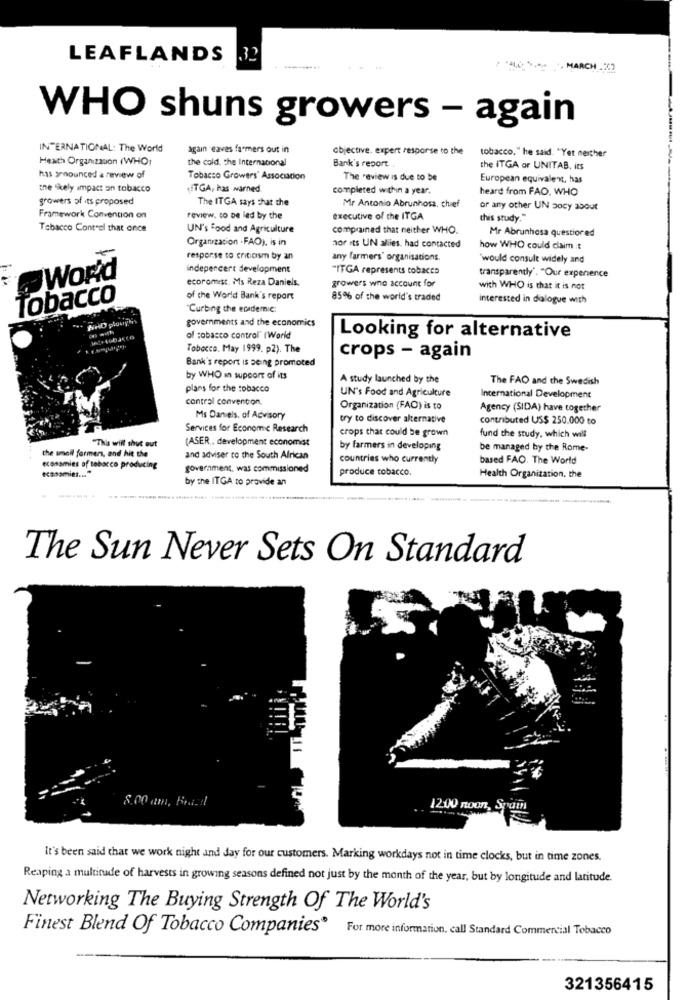
LEAFLANDS
32
-- MARCH --
WHO shuns growers - again
INTERNATIONAL: The World
again eaves farmers out in
objective. expert response to the
tobacco." he said. "Yet neither
Heath Organization (WHO)
the cold, the International
Bank's report.
the ITGA or UNITAB, its
has sonounced a review of
Tobacco Growers' Association
The review is due to be
European equivalent, has
the skely impact on tobacco
ITGA, has warned
completed within a year.
heard from FAO. WHO
growers of its proposed
The ITGA says that the
Mr Antonio Abrunhosa, chief
or any other UN socy about
Framework Convention on
review, to De led by the
executive of the ITGA
this study."
Tobacco Control that once
UN's Food and Agriculture
complained that neither WHO.
Mr Abrunhosa questioned
Organization . FAO), is in
nor its UN aliles. had contacted
how WHO could claim :
response to critiosm by an
any farmers' organisations.
would consult widely and
indepencert development
"ITGA represents tobacco
transparently'. "Our experience
World
ecoromist. Ms Reza Daniels.
growers wno account for
with WHO is that it is not
Tobacco
of the World Bank's report
85% of the world's traded
interested in dialogue with
"Curbing the ecademic
NHO plough
governments and the economics
of tobacco control" (World
Looking for alternative
Tobacco. May 1999. p2). The
Bank's report is being promoted
crops - again
by WHO in support of its
A study launched by the
The FAO and the Swedish
plans for the tobacco
UN's Food and Agriculture
contral convention.
International Development
Organization (FAO) is to
Agency (SIDA) have together
Ms Daniels, of Advisory
try to discover alternative
contributed US$ 250.000 to
Services for Economic Research
crops that could be grown
Tha will shut out
(ASER .. development economist
fund the study. which will
by farmers in developing
be managed by the Rome-
the smell farmers, and hit the
and adviser to the South African
countries who currently
based FAO. The World
economies of tobacco producing
government, was commissioned
produce tobacco.
by the ITGA to provide an
Health Organization, the
----
The Sun Never Sets On Standard
8:00 am, Brad
12:00 noon,
It's been said that we work night and day for our customers. Marking workdays not in time clocks, but in time zones.
Reaping a multitude of harvests in growing seasons defined not just by the month of the year, but by longitude and latitude.
Networking The Buying Strength Of The World's
Finest Blend Of Tobacco Companies®
For more information. call Standard Commercial Tobacco
321356415